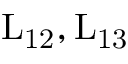
\mathrm { { L } _ { 1 2 } , \mathrm { { L } _ { 1 3 } } }